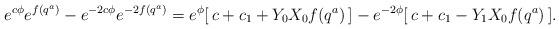
LaTeX: \begin{align*}e^{ c \phi} e^{f(q^{a})} - e^{-2 c \phi } e^{-2 f(q^{a})} = e^{\phi} [\,c+ c_{1} + Y_{0}X_{0} f(q^{a}) \,] - e^{-2 \phi} [\, c + c_{1}- Y_{1}X_{0} f(q^{a}) \,] .\end{align*}